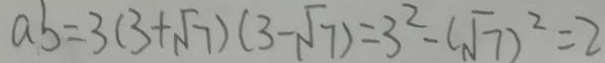
a b = 3 ( 3 + \sqrt { 7 } ) ( 3 - \sqrt { 7 } ) = 3 ^ { 2 } - ( \sqrt { 7 } ) ^ { 2 } = 2